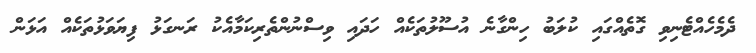
ދެމެހެއްޓެނިވި ގޮތެއްގައި ކުލަބު ހިންގާނެ އުސޫލުތަކެއް ހަދައި ވިސްނުންތެރިކަމާއެކު ރަނގަޅު ފިޔަވަޅުތަކެއް އަޅަން